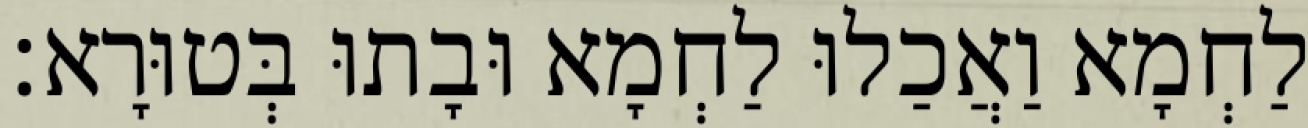
לַחְמָא וַאֲכַלוּ לַחְמָא וּבָתוּ בְּטוּרָא׃